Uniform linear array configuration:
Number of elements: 4
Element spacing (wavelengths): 1
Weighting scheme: uniform
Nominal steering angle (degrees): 60
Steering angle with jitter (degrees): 60.346
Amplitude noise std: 0.05
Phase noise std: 0.05

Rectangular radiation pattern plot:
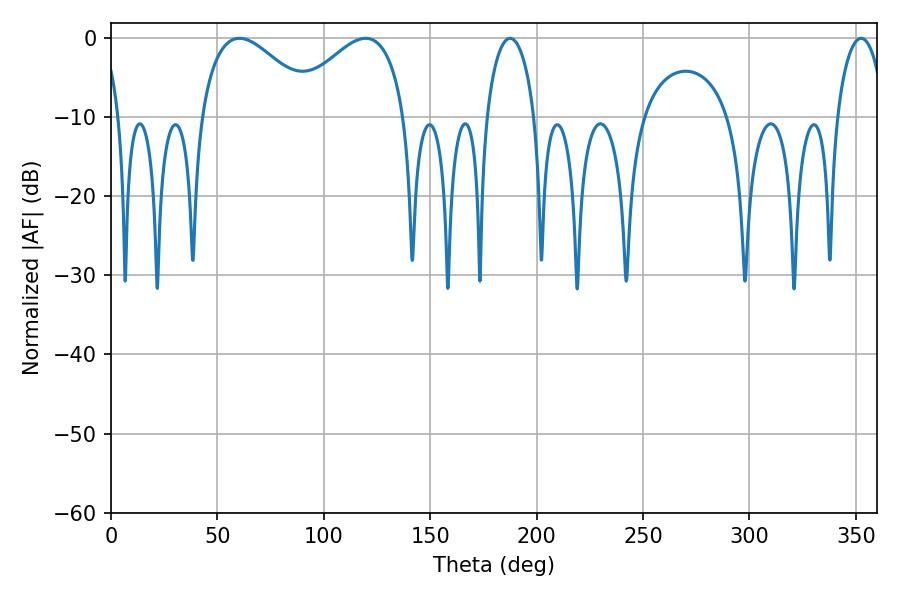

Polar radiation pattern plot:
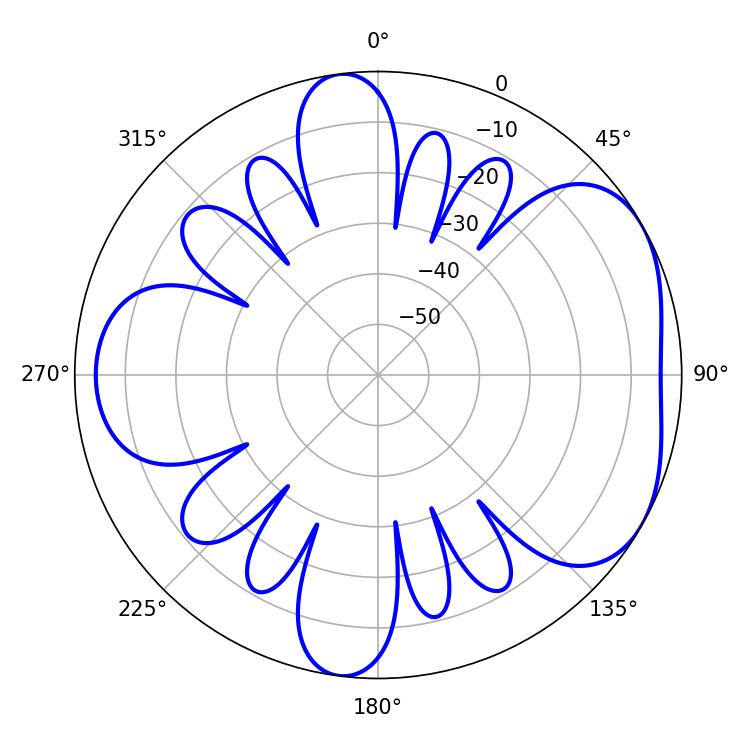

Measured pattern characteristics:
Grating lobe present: TRUE
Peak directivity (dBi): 4.76
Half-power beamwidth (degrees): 29.88
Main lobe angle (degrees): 60.3